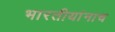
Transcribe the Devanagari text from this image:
भारतीयांनाच